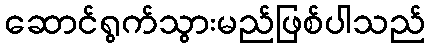
ဆောင်ရွက်သွားမည်ဖြစ်ပါသည်